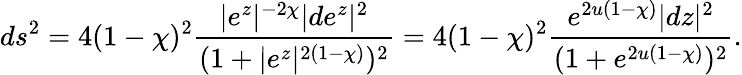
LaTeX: ds^{2}=4(1-\chi)^{2}\frac{|e^{z}|^{-2\chi}|de^{z}|^{2}}{(1+|e^{z}|^{2(1-\chi)})^{2}}=4(1-\chi)^{2}\frac{e^{2u(1-\chi)}|dz|^{2}}{(1+e^{2u(1-\chi)})^{2}}.